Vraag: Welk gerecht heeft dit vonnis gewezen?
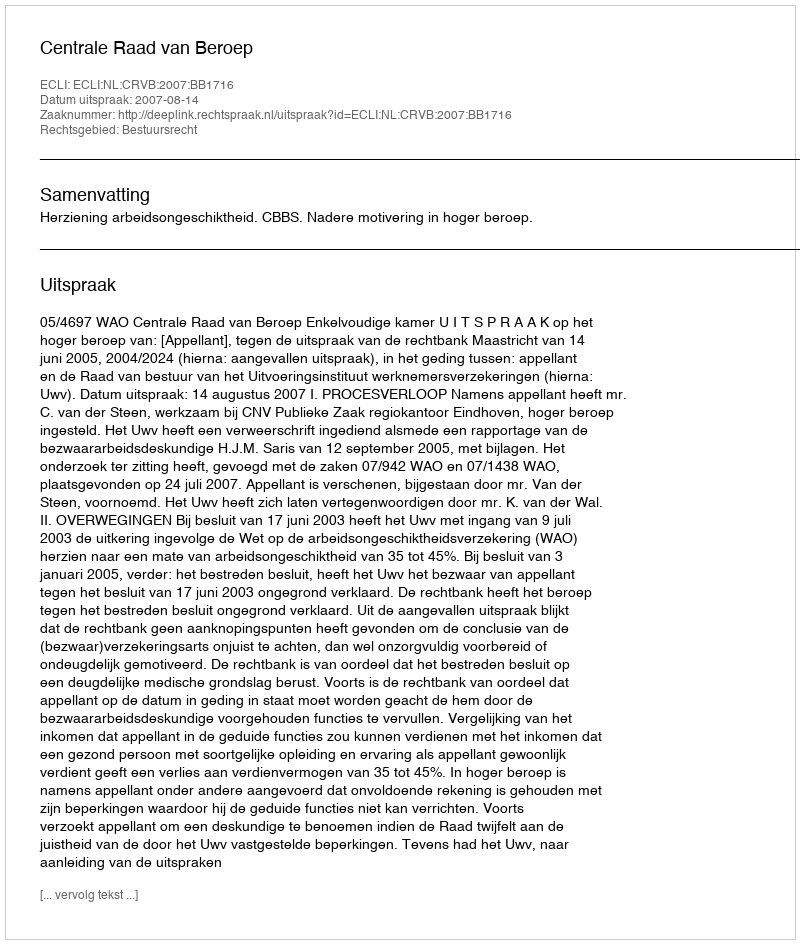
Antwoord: Centrale Raad van Beroep